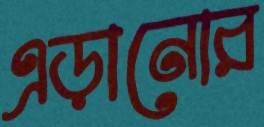
এড়ানোর